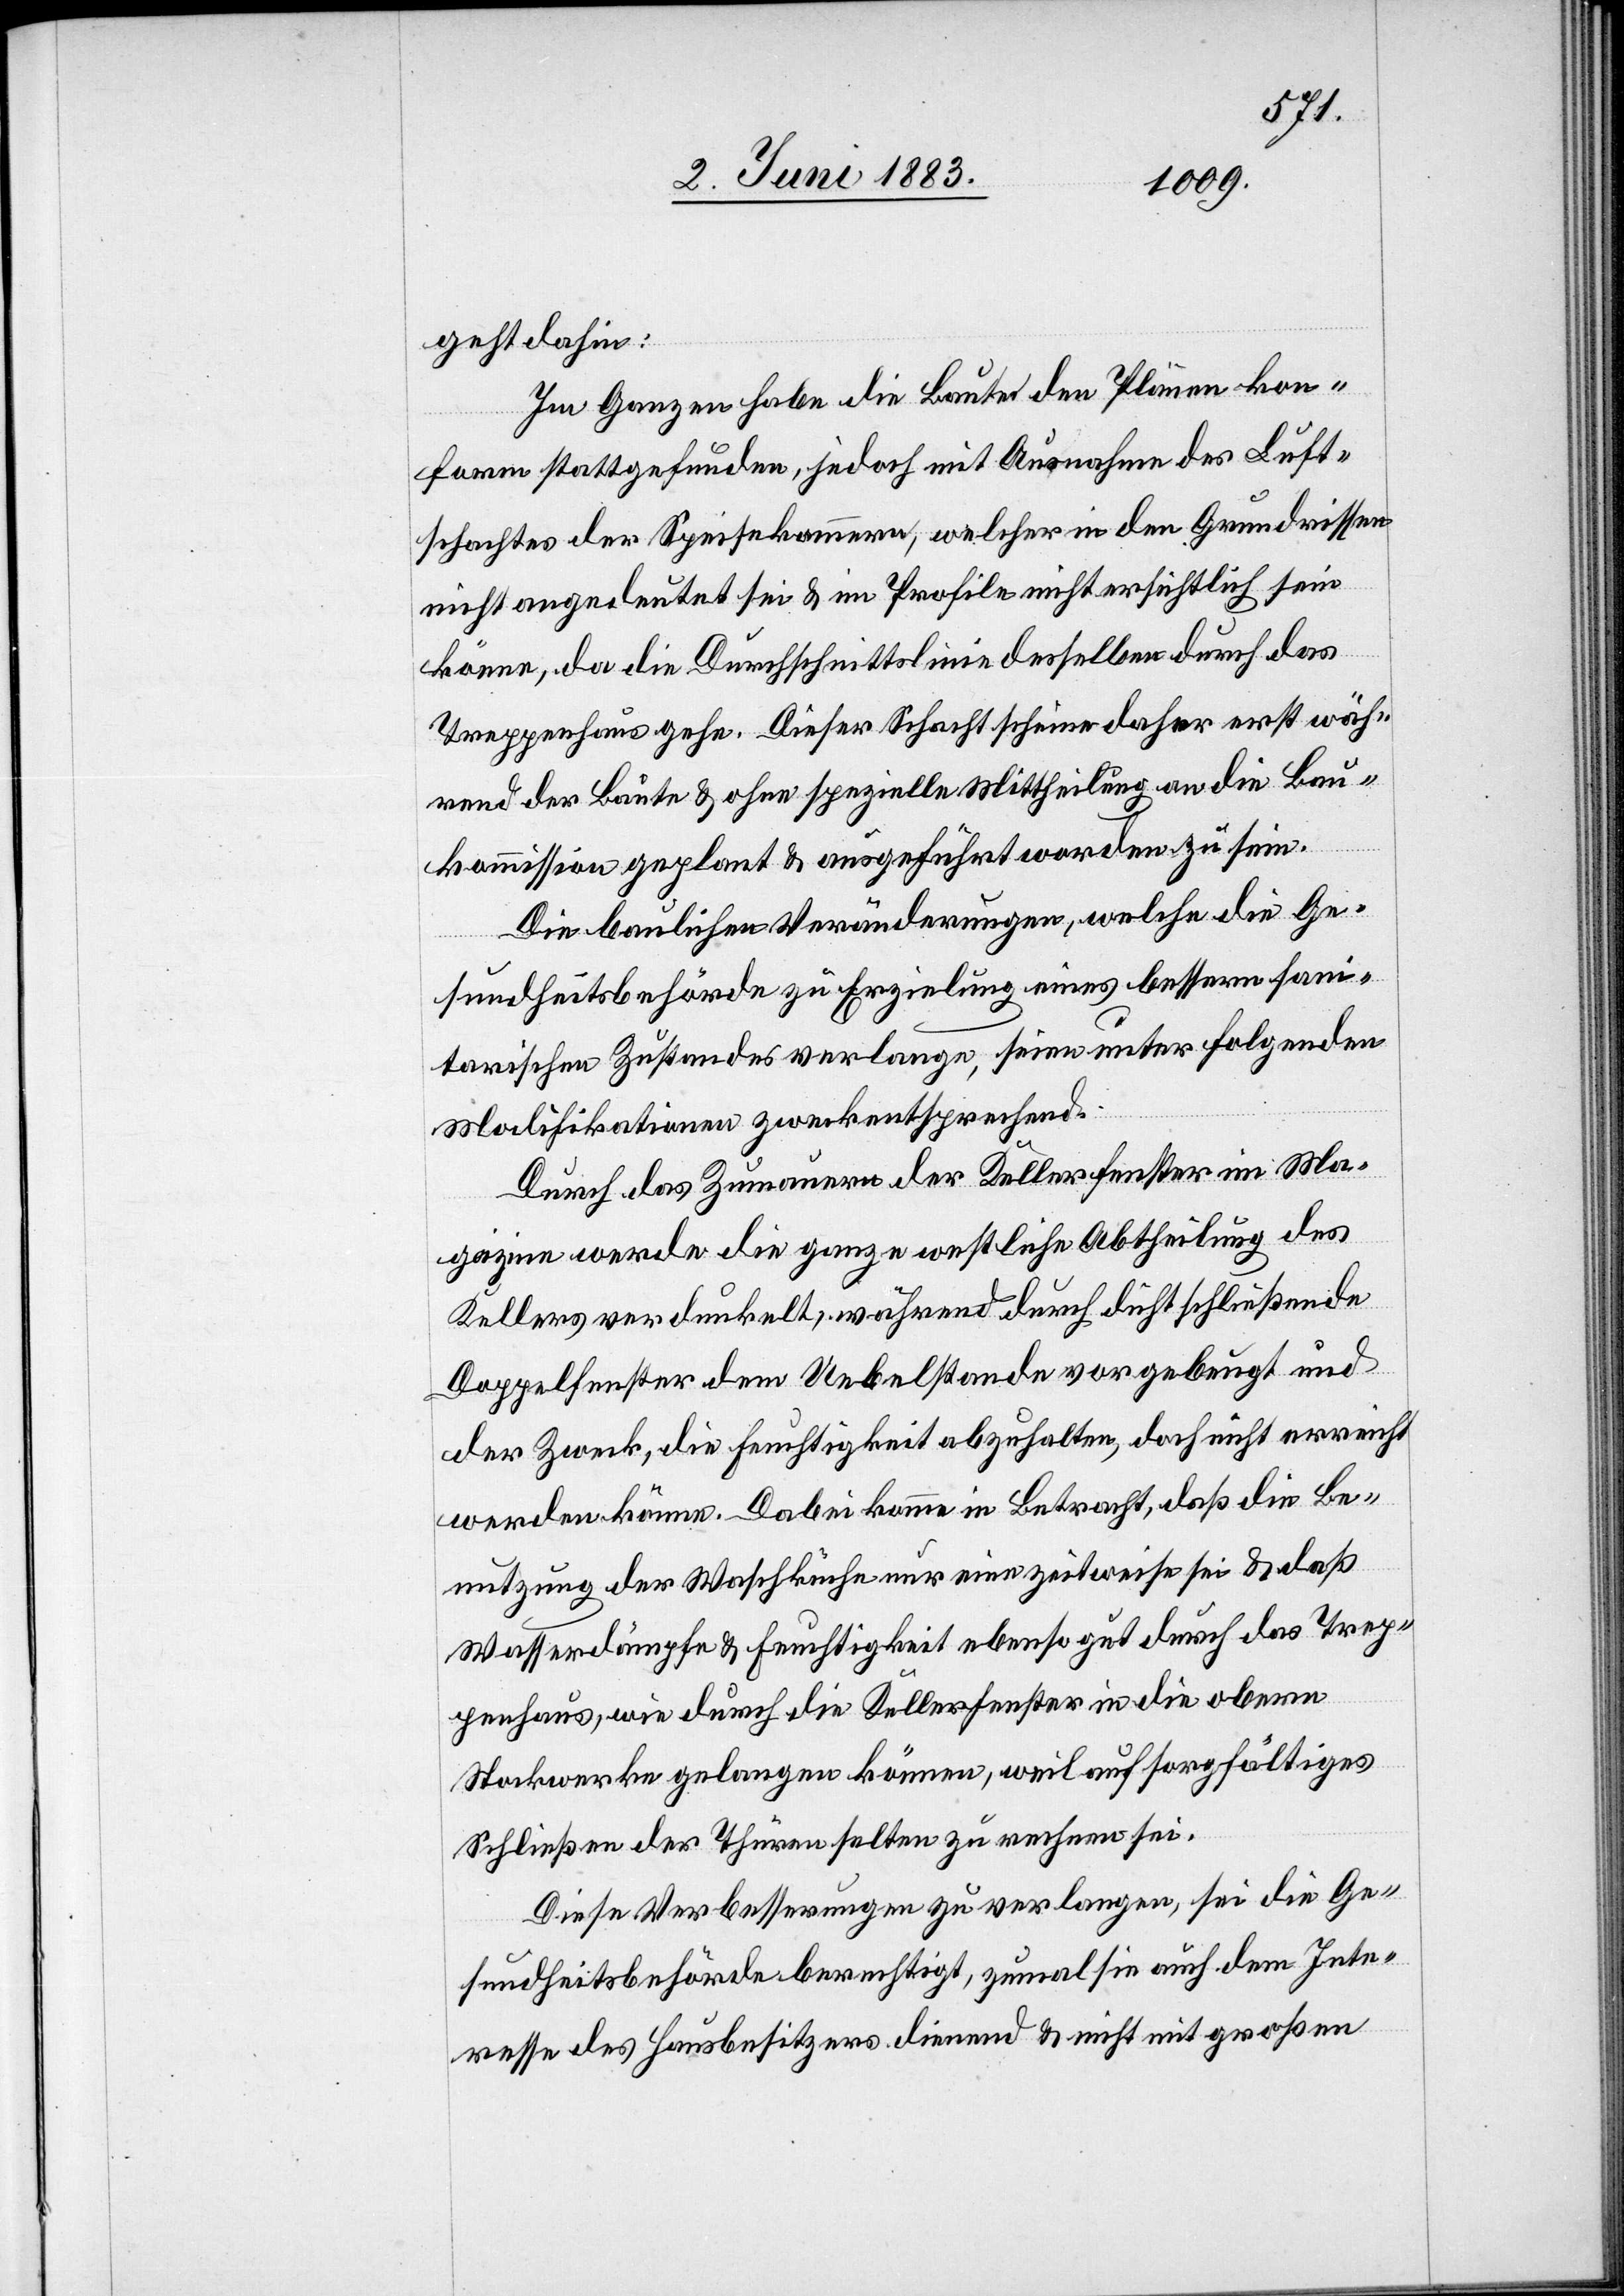
geht dahin:
Im Ganzen habe die Baute den Plänen kon¬
form stattgefunden, jedoch mit Ausnahme des Luft¬
schachtes der Speisekammern, welcher in den Grundrissen
nicht angedeutet sei & im Profile nicht ersichtlich sein
könne, da die Durchschnittslinie desselben durch das
Treppenhaus gehe. Dieser Schacht scheine daher erst wäh¬
rend der Baute & ohne spezielle Mittheilung an die Bau¬
kommission geplant & ausgeführt worden zu sein.
Die baulichen Veränderungen, welche die Ge¬
sundheitsbehörde zu Erzielung eines bessern sani¬
tarischen Zustandes verlange, seien unter folgenden
Modifikationen zweckentsprechend.
Durch das Zumauern der Kellerfenster im Ma¬
gazin werde die ganze westliche Abtheilung des
Kellers verdunkelt, während durch dichtschließende
Doppelfenster dem Uebelstande vorgebeugt und
der Zweck, die Feuchtigkeit abzuhalten, doch nicht erreicht
werden könne. Dabei komme in Betracht, daß die Be¬
nutzung der Waschküche nur eine zeitweise sei & daß
Wasserdämpfe & Feuchtigkeit ebenso gut durch das Trep¬
penhaus, wie durch die Kellerfenster in die obern
Stockwerke gelangen können, weil auf sorgfältiges
Schließen der Thüren selten zu rechnen sei.
Diese Verbesserungen zu verlangen, sei die Ge¬
sundheitsbehörde berechtigt, zumal sie auch dem Inte¬
resse des Hausbesitzers dienend & nicht mit großen